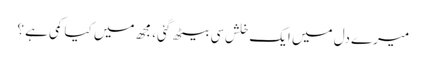
میرے دل میں ایک خلش سی بیٹھ گئی، مجھ میں کیا کمی ہے ؟